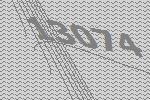
13074